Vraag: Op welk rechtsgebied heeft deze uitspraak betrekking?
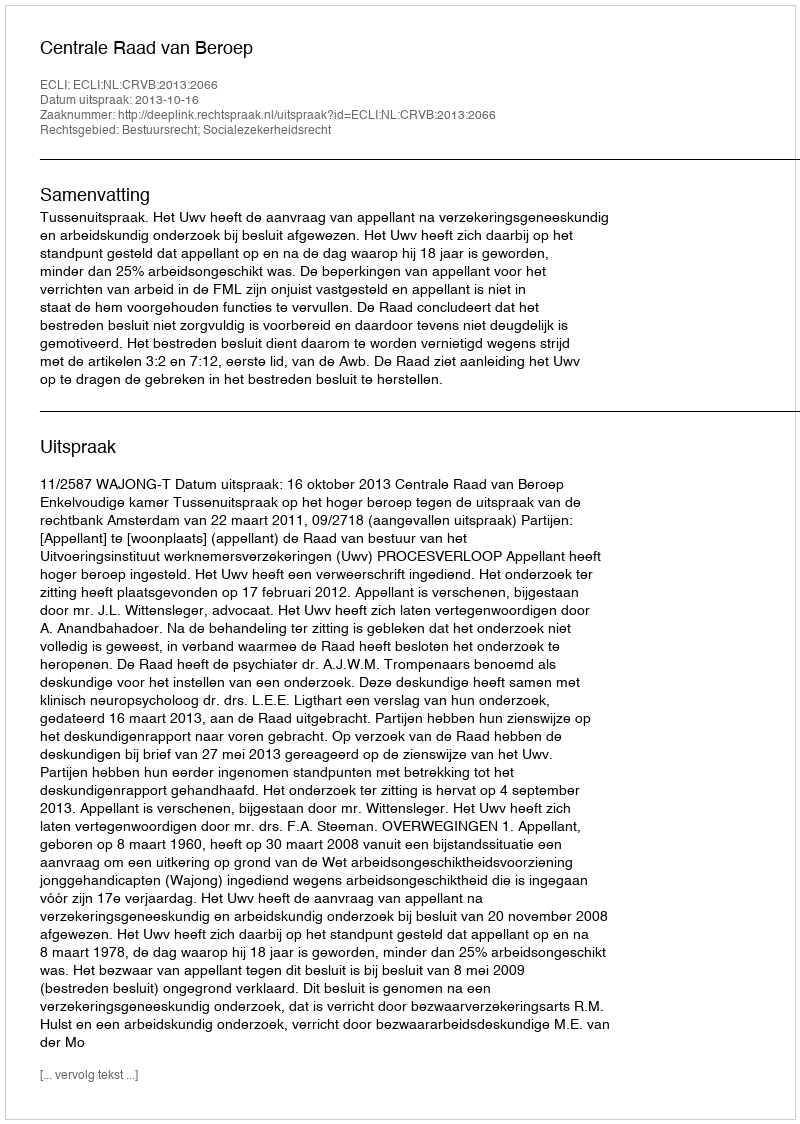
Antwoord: Bestuursrecht; Socialezekerheidsrecht